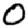
Digit: 0